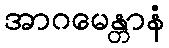
အာဂမေန္တာနံ